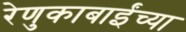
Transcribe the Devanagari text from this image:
रेणुकाबाईंच्या